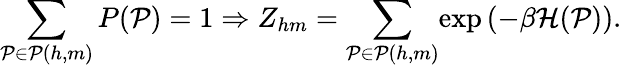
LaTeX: \sum_{\mathcal P\in\mathcal P(h,m)}P(\mathcal P)=1\Rightarrow Z_{hm}=\sum_{\mathcal P\in\mathcal P(h,m)}\! \exp{\left(-\beta\mathcal H(\mathcal P)\right)}.